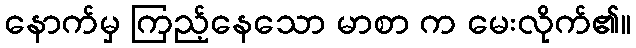
နောက်မှ ကြည့်နေသော မာစာ က မေးလိုက်၏။